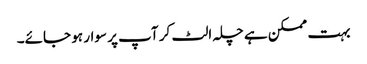
بہت ممکن ہے چلہ الٹ کر آپ پر سوار ہو جائے۔